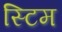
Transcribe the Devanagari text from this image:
स्टिम